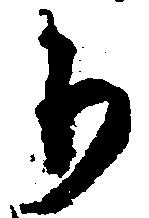
り